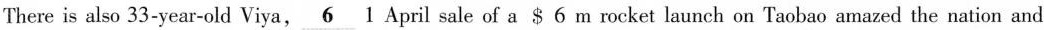
There is also 33-year-old Viya,\underline{6}1April sale of a$6 m rocket launch on Taobao amazed the nation and